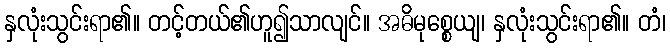
နှလုံးသွင်းရာ၏။ တင့်တယ်၏ဟူ၍သာလျင်။ အဓိမုစ္စေယျ၊ နှလုံးသွင်းရာ၏။ တံ၊